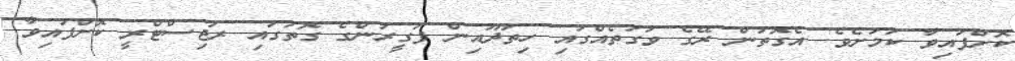
ކޮށްފައިވާ ކަމަށެވެ. އެގޮތުން ރޭގެ ވަގުތެއްގައި ހިތަދޫއިން ފަގީރުންގެ ގޮތުގައި ރަޖިސްޓްރީ ކޮށްފައިވާ